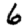
Digit: 6